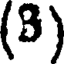
(B)